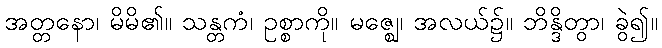
အတ္တနော၊ မိမိ၏။ သန္တကံ၊ ဥစ္စာကို။ မဇ္ဈေ၊ အလယ်၌။ ဘိန္ဒိတွာ၊ ခွဲ၍။